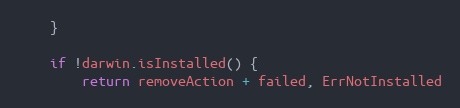
Language: Go
	}

	if !darwin.isInstalled() {
		return removeAction + failed, ErrNotInstalled